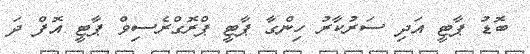
ބޮޑު ޕާޓީ އަދި ސަރުކާރު ހިންގާ ޕާޓީ ޕްރޮގްރެސިވް ޕާޓީ އޮފް ދަ